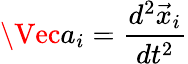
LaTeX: \Vec{a}_{i}=\frac{d^{2}\vec{x}_{i}}{dt^{2}}